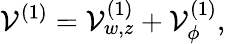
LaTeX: {\cal V}^{(1)}={\cal V}_{w,z}^{(1)}+{\cal V}_{\phi}^{(1)},